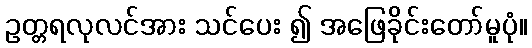
ဥတ္တရလုလင်အား သင်ပေး ၍ အဖြေခိုင်းတော်မူပုံ။